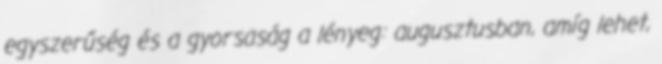
egyszerűség és a gyorsaság a lényeg: augusztusban, amíg lehet,